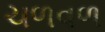
ચળવળ